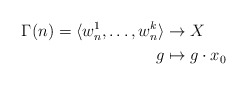
\begin{align*}\Gamma(n) = \langle w^1_n, \ldots, w^k_n \rangle &\to X \\g &\mapsto g\cdot x_0 \end{align*}